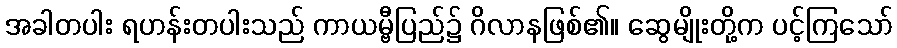
အခါတပါး ရဟန်းတပါးသည် ကာယမ္ဗီပြည်၌ ဂိလာနဖြစ်၏။ ဆွေမျိုးတို့က ပင့်ကြသော်